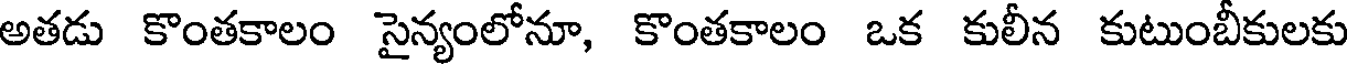
అతడు కొంతకాలం సైన్యంలోనూ, కొంతకాలం ఒక కులీన కుటుంబీకులకు